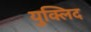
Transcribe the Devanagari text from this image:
युक्लिद